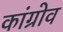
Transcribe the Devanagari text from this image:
कांग्रोव